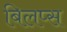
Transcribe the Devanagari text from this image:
बिलप्स